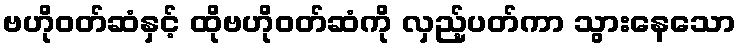
ဗဟိုဝတ်ဆံနှင့် ထိုဗဟိုဝတ်ဆံကို လှည့်ပတ်ကာ သွားနေသော